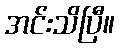
အင်းသိပြီ။